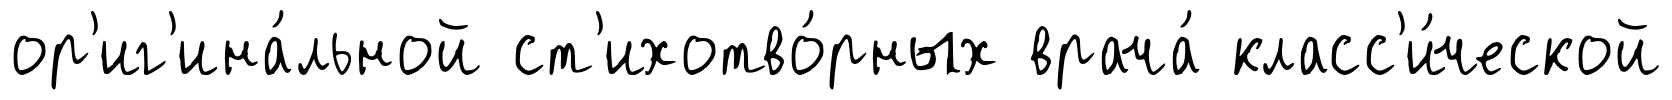
ор'иг'ина́льной ст'ихотво́рных врача́ класс'и́ческой